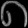
Digit: ၈